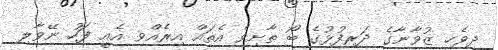
ދިވެހި ޒުވާނާގެ ދަރިފުޅުގެ ބޯ ތާށިވެ އެތައް އިރެއްވި އެއީ ފަހު ނޭވާލި